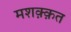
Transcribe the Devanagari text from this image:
मशक़्क़त